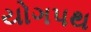
યોગપથ